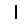
Digit: 1